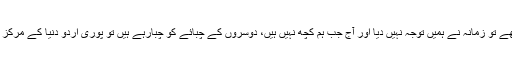
جب ہم محقق تھے تو زمانہ نے ہمیں توجہ نہیں دیا اور آج جب ہم کچھ نہیں ہیں، دوسروں کے چبائے کو چبارہے ہیں تو پوری اُردو دنیا کے مرکز بنے ہوئے ہیں۔